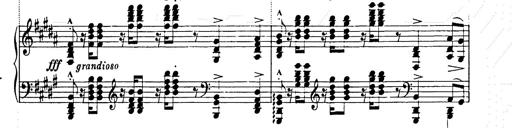
Title: Ballade No.2
Composer: Jan Skrzydlewski
Key: B minor